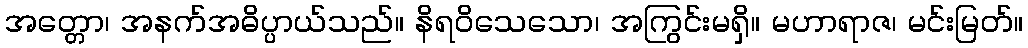
အတ္တော၊ အနက်အဓိပ္ပာယ်သည်။ နိရဝိသေသော၊ အကြွင်းမရှိ။ မဟာရာဇ၊ မင်းမြတ်။